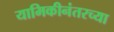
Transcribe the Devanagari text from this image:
यामिकीनंतरच्या